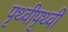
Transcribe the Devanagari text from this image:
पृथ्वीपृथ्वी